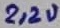
Text: 2,2u